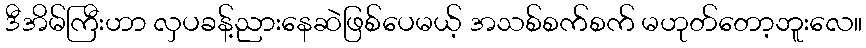
ဒီအိမ်ကြီးဟာ လှပခန့်ညားနေဆဲဖြစ်ပေမယ့် အသစ်စက်စက် မဟုတ်တော့ဘူးလေ။